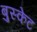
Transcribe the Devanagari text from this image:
बुस्केट